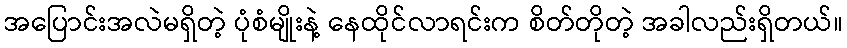
အပြောင်းအလဲမရှိတဲ့ ပုံစံမျိုးနဲ့ နေထိုင်လာရင်းက စိတ်တိုတဲ့ အခါလည်းရှိတယ်။